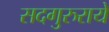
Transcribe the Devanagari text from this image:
सदगुरुराये